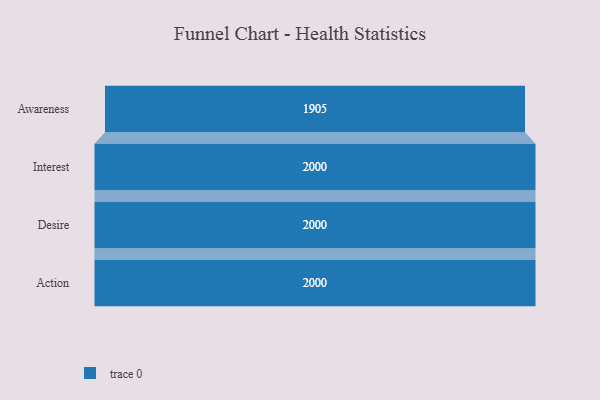
{"axis": {"x": "Stage", "y": "Value"}, "legend": [""], "data": [{"x": "Awareness", "y": 1905.0, "type": ""}, {"x": "Interest", "y": 2000, "type": ""}, {"x": "Desire", "y": 2000, "type": ""}, {"x": "Action", "y": 2000, "type": ""}]}